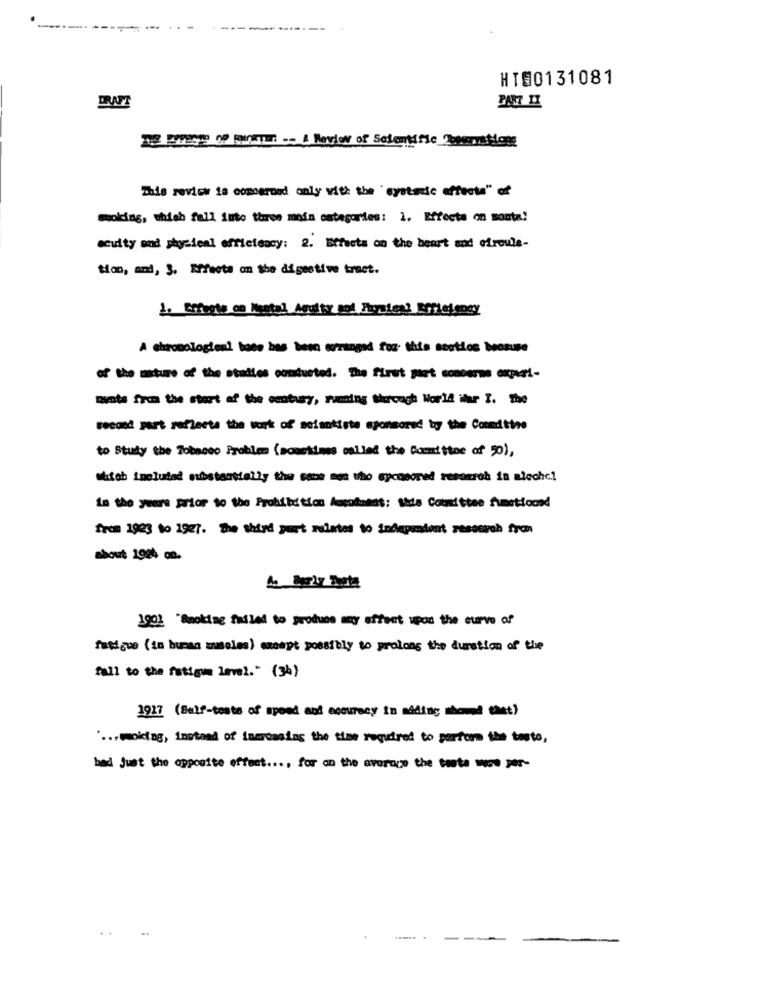
------ --
......
HT@0131081
PART II
This review is comerond only with the 'systemic affects" of
smoking, thish fall into three main categories: 1. Effects on monta!
acuity and physical efficiency: 2. Effects on the heart and ofroule-
tion, and, 3. Effects on the digestive tract.
A chronologiesi bade has been arranged for this section because
-the mtu of the studies costueted. The first part sonoerne expert-
mynte from the start of the century, ruming through World ihr I. The
second part reflects the work of setantiste sponsored by the Committee
to Study the Tobacco Problem ( scartimes mailed the Committee of 20),
whiteb included substantially the sabe men who sycomored resomroh in slechc!
In the years prior to the Prohibition Acomment: tids Committee fumettoond
from 1923 to 1927. The third yurt relates to independent resseroh fron
about 1924 on.
1901 "Smoking failed to produce anyy effect upon the curve of
fatigue (im buman mussles) ecept possibly to prolong the duration of the
fall to the fatigue level." (34)
1917 (Self-tests of speed and accuracy in miding showed that)
" ... (oktag, instead of iameaning the time required to perform the testo,
had just the opposite effect ..., for on the north -
..... .
--